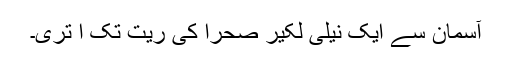
آسمان سے ایک نیلی لکیر صحرا کی ریت تک اُ تری۔